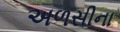
અળસીના